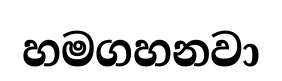
හමගහනවා